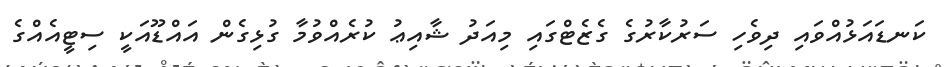
ކަނޑައަޅުއްވައި ދިވެހި ސަރުކާރުގެ ގެޒެޓްގައި މިއަދު ޝާއިޢު ކުރެއްވުމާ ގުޅިގެން އައްޑޫއަކީ ސިޓީއެއްގެ